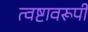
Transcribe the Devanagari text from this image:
त्वष्टावरूपी